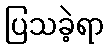
ပြသခဲ့ရာ